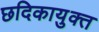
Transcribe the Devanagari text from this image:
छदिकायुक्त